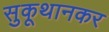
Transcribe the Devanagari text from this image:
सुकूथानकर